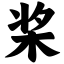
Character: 桨